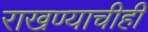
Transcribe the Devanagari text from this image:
राखण्याचीही